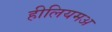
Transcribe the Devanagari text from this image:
हीलियमअ